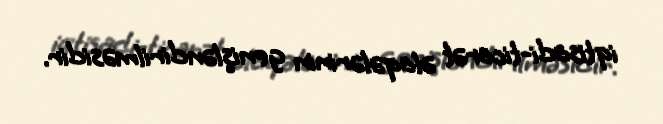
iqtisadi-ticarət əlaqələrinin genişləndirilməsidir.